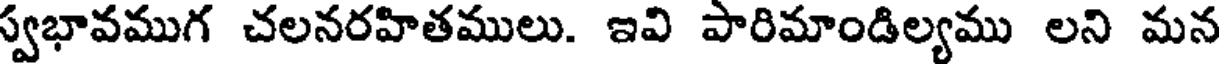
స్వభావముగ చలనరహితములు. ఇవి పారిమాండిల్యము లని మన